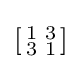
\left[{\begin{smallmatrix}1&3\\3&1\\\end{smallmatrix}}\right]